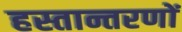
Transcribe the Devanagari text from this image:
हस्तान्तरणों